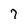
Character: 7